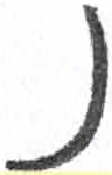
אות: נ